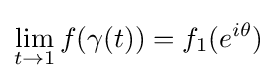
\lim _{t\to 1}f(\gamma (t))=f_{1}(e^{i\theta })